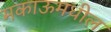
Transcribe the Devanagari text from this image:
मकाऊमधील